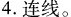
4.连线。